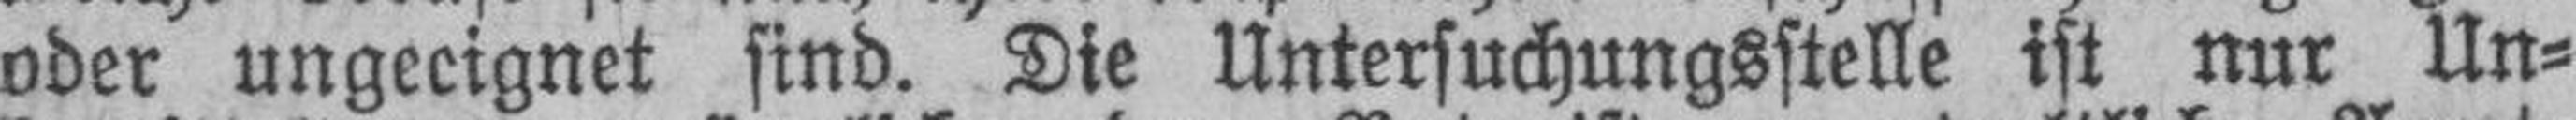
oder ungeeignet sind. Die Untersuchungsstelle ist nur Un¬